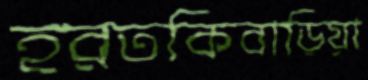
হরতকিবাড়িয়া